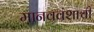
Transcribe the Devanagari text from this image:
मानववंशाची